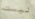
ليست